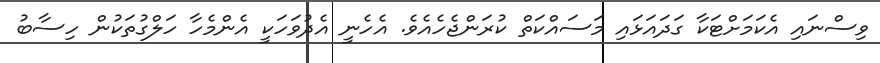
ވިސްނައި އެކަމަށްޓަކާ ގަދައަޅައި މަސައްކަތް ކުރަންޖެހެއެވެ. އެެހެނީ އެދުވަހަކީ އެންމެހާ ހަލްގުތަކުން ހިސާބު